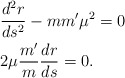
\begin{align*}& \frac{d^2r}{ds^2}-mm'\mu^2=0\\& 2\mu \frac{m'}{m}\frac{dr}{ds}=0.\end{align*}